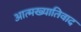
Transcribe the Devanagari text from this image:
आत्मख्यातिवाद